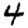
Digit: 4